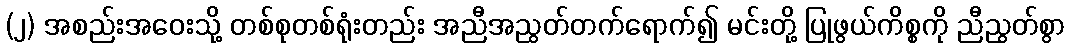
(၂) အစည်းအဝေးသို့ တစ်စုတစ်ရုံးတည်း အညီအညွတ်တက်ရောက်၍ မင်းတို့ ပြုဖွယ်ကိစ္စကို ညီညွတ်စွာ